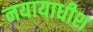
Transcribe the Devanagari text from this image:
नयायाधीश